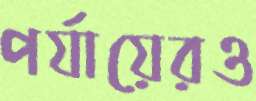
পর্যায়েরও